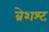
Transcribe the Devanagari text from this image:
ब्रेशश्ट